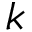
k